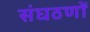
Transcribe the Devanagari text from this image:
संघठणों